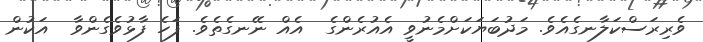
ވެރިރަސްކަލާނގެއެވެ. މަދުބަޔަކަށްމެނުވީ އެއުރެންގެ  އެއް ނޭނގެތެވެ. ފަހެ ފާޅުވެގެންވާ  އަކުން